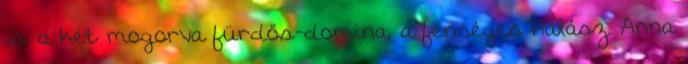
is, a két mogorva fürdős-domina, a fenséges Halász Anna